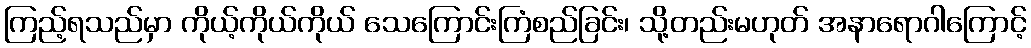
ကြည့်ရသည်မှာ ကိုယ့်ကိုယ်ကိုယ် သေကြောင်းကြံစည်ခြင်း၊ သို့တည်းမဟုတ် အနာရောဂါကြောင့်